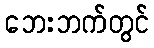
ဘေးဘက်တွင်